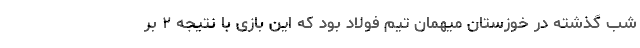
شب گذشته در خوزستان میهمان تیم فولاد بود که این بازی با نتیجه ۲ بر